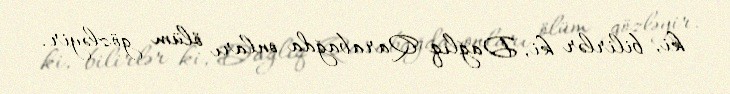
ki, bilirlər ki, Dağlıq Qarabağda onları ölüm gözləyir.